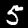
Label: 5